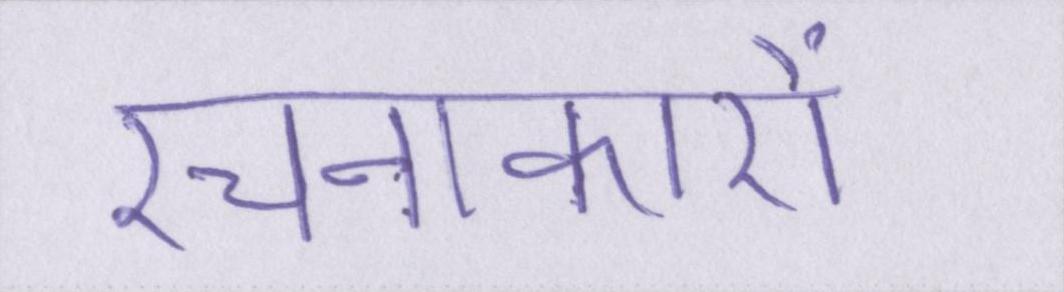
रचनाकारों